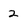
Character: 2